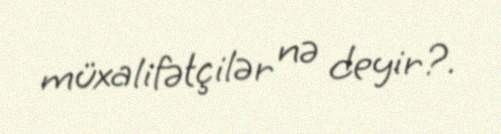
müxalifətçilər nə deyir?.